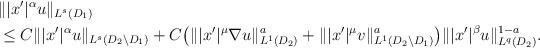
LaTeX: \begin{align*} & \||x'|^{\alpha}u\|_{L^s(D_1)}\\ & \le C\||x'|^{\alpha}u\|_{L^s(D_{2}\setminus D_{1})}+ C \big(\||x'|^{\mu}\nabla u\|^a_{L^1(D_{2})}+ \| |x'|^{\mu}v\|^a_{L^1(D_{2}\setminus D_{1})}\big) \||x'|^{\beta} u\|^{1-a}_{L^{q}(D_{2})}. \end{align*}